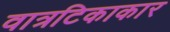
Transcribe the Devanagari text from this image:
वात्रटिकाकार